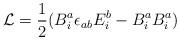
LaTeX: \begin{align*}{\cal L} = \frac{1}{2}( B^a_i\epsilon_{ab} E^b_i - B^a_i B^a_i)\end{align*}